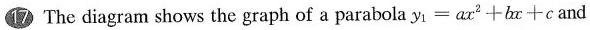
17 The diagram shows the graph of a parabola $$y _ { 1 } = a x ^ { 2 } + b x + c$$ and